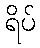
ရိပ်